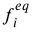
{ f _ { i } ^ { e q } }